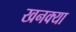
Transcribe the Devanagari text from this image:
खनक्या